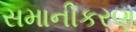
સમાનીકરણ